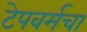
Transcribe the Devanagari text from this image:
टेपवर्मचा